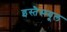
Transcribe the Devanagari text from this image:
इस्तैस्म्यूल